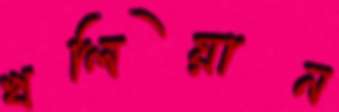
খলিয়ান